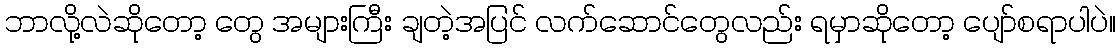
ဘာလို့လဲဆိုတော့ တွေ အများကြီး ချတဲ့အပြင် လက်ဆောင်တွေလည်း ရမှာဆိုတော့ ပျော်စရာပါပဲ။